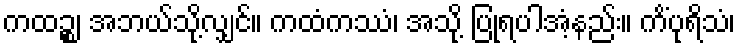
ကထဉ္စ၊ အဘယ်သို့လျှင်။ ကထံကဿံ၊ အသို့ ပြုရပါအံ့နည်း။ ကိံပုရိသံ၊